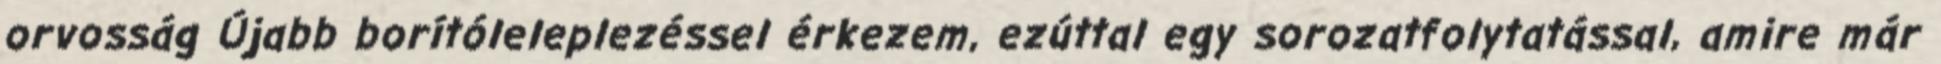
orvosság Újabb borítóleleplezéssel érkezem, ezúttal egy sorozatfolytatással, amire már